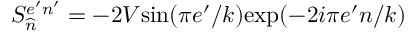
S _ { \widehat { n } } ^ { e ^ { \prime } n ^ { \prime } } = - 2 V \mathrm { s i n } ( \pi e ^ { \prime } / k ) \mathrm { e x p } ( - 2 i \pi e ^ { \prime } n / k )